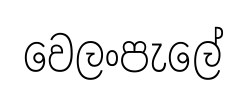
වෙලංපැලේ